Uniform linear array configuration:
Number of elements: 12
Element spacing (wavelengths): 1
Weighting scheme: kaiser
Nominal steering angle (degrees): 0
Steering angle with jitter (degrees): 1.633
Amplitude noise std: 0.05
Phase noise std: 0.05

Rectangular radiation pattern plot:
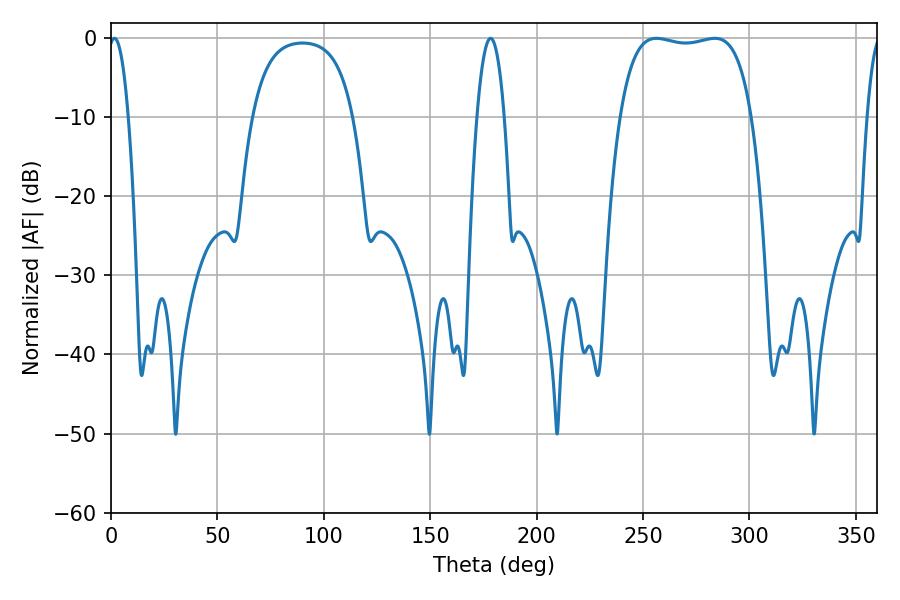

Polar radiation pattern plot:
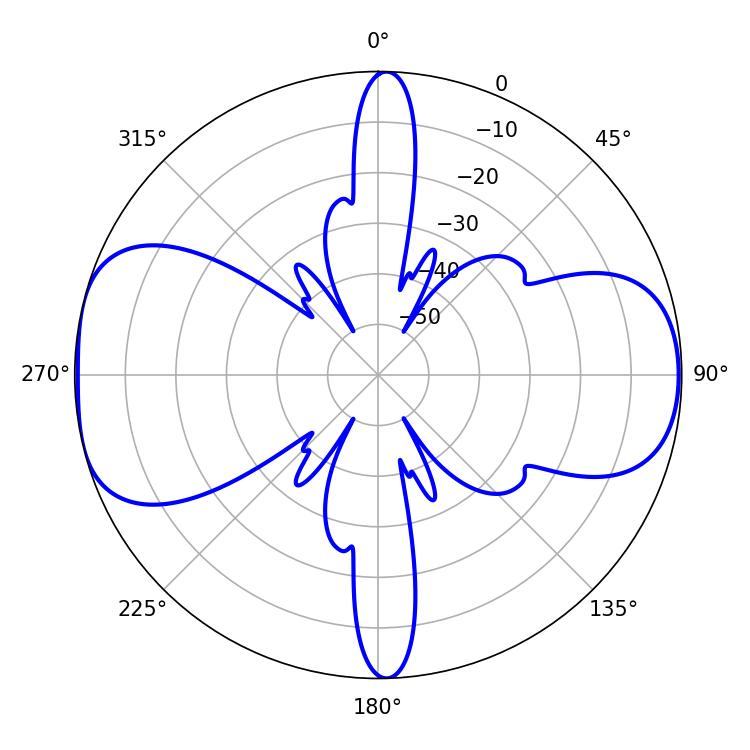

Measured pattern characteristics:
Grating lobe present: TRUE
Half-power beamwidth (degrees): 49.32
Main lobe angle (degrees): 256.32